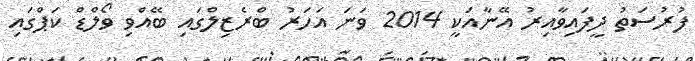
ފުރުސަތު ދީފައިވާއިރު އޭނާއަކީ 2014 ވަނަ އަހަރު ބްރެޒިލްގައި ބޭއްވި ވޯލްޑް ކަޕްގައި